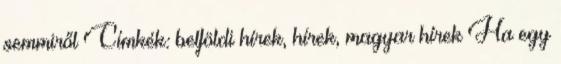
semmiről Címkék: belföldi hírek, hírek, magyar hírek Ha egy